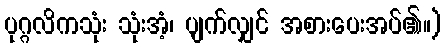
ပုဂ္ဂလိကသုံး သုံးအံ့၊ ပျက်လျှင် အစားပေးအပ်၏။)